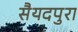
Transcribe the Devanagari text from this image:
सैयदपुरा